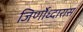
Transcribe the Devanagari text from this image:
जिर्णोध्दारास